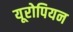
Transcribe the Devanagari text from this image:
यूरोपियन